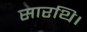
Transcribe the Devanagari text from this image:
सारथि।